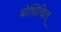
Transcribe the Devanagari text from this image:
बोधिचित्